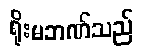
ရိုးမဘဏ်သည်